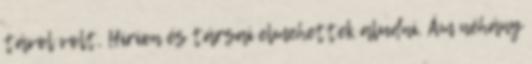
távol volt, Hirion és társai elmehettek aludni. Ám néhány